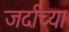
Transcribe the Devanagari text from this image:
जर्दाच्या